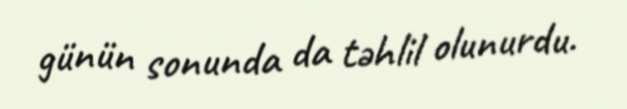
günün sonunda da təhlil olunurdu.